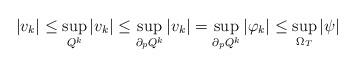
LaTeX: \begin{align*} |v_k|\leq\sup_{Q^k}|v_k|\leq\sup_{\partial_p Q^k}|v_k|=\sup_{\partial_p Q^k}|\varphi_k|\leq\sup_{\Omega_T}|\psi| \end{align*}